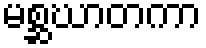
မစ္ဆဃာတကာ